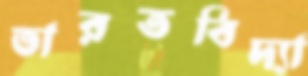
ভারতবিদ্যা